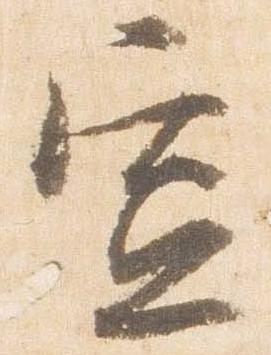
宣